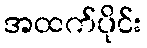
အထက်ပိုင်း